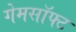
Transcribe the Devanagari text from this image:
गेमसॉफ्ट